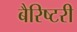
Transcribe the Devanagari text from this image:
बैरिष्टरी